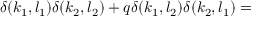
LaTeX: \delta ( k _ { 1 } , l _ { 1 } ) \delta ( k _ { 2 } , l _ { 2 } ) + q \delta ( k _ { 1 } , l _ { 2 } ) \delta ( k _ { 2 } , l _ { 1 } ) =